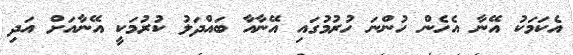
އެކަމަކު އޭނާ އެހެން ހުންނަ ހުރުމުގައި އޭނާއާ ބައްދަލު ކުރުމަކީ އޭނާއަށް އަދި